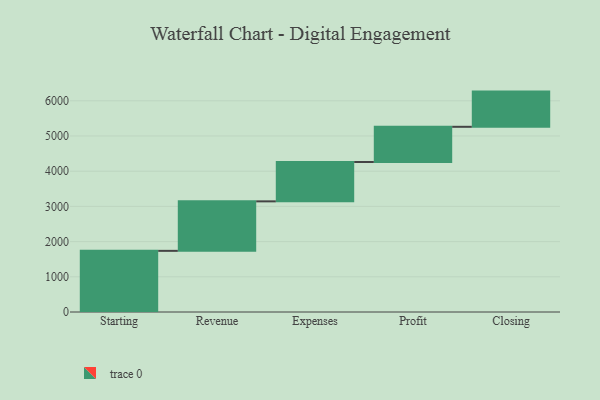
{"axis": {"x": "Step", "y": "Value"}, "legend": [""], "data": [{"x": "Starting", "y": 1737.0, "type": ""}, {"x": "Revenue", "y": 1406.0, "type": ""}, {"x": "Expenses", "y": 1118.0, "type": ""}, {"x": "Profit", "y": 1000, "type": ""}, {"x": "Closing", "y": 1000, "type": ""}]}